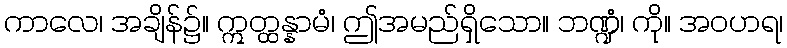
ကာလေ၊ အချိန်၌။ ဣတ္ထန္နာမံ၊ ဤအမည်ရှိသော။ ဘဏ္ဍံ၊ ကို။ အဝဟရ၊